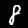
Digit: 8